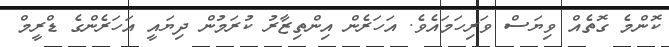
ކޮންމެ ގޮތެއް ވިޔަސް ވަރިހަމައެވެ. އަަހަރެން އިންތިޒާރު ކުރަމުން ދިޔައީ އަހަރެންގެ ޑްރީމް